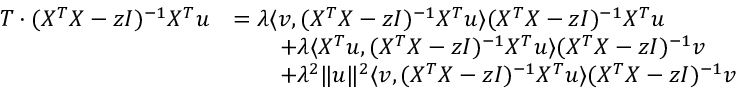
\begin{array} { r l } { T \cdot ( X ^ { T } X - z I ) ^ { - 1 } X ^ { T } { \boldsymbol u } } & { = \lambda \langle { \boldsymbol v } , ( X ^ { T } X - z I ) ^ { - 1 } X ^ { T } { \boldsymbol u } \rangle ( X ^ { T } X - z I ) ^ { - 1 } X ^ { T } { \boldsymbol u } } \\ & { \qquad + \lambda \langle X ^ { T } { \boldsymbol u } , ( X ^ { T } X - z I ) ^ { - 1 } X ^ { T } { \boldsymbol u } \rangle ( X ^ { T } X - z I ) ^ { - 1 } { \boldsymbol v } } \\ & { \qquad + \lambda ^ { 2 } \| { \boldsymbol u } \| ^ { 2 } \langle { \boldsymbol v } , ( X ^ { T } X - z I ) ^ { - 1 } X ^ { T } { \boldsymbol u } \rangle ( X ^ { T } X - z I ) ^ { - 1 } { \boldsymbol v } } \end{array}